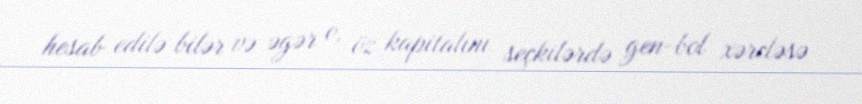
hesab edilə bilər və əgər o, öz kapitalını seçkilərdə gen-bol xərcləsə